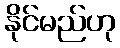
နိုင်မည်ဟု